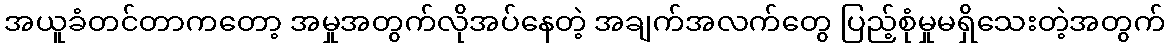
အယူခံတင်တာကတော့ အမှုအတွက်လိုအပ်နေတဲ့ အချက်အလက်တွေ ပြည့်စုံမှုမရှိသေးတဲ့အတွက်